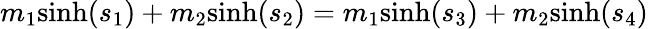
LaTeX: m_{1}{\mathrm{sinh}}(s_{1})+m_{2}{\mathrm{sinh}}(s_{2})=m_{1}{\mathrm{sinh}}(s_{3})+m_{2}{\mathrm{sinh}}(s_{4})